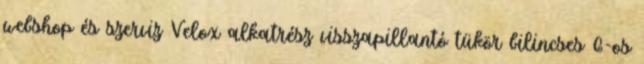
webshop és szerviz Velox alkatrész visszapillantó tükör bilincses 6-os